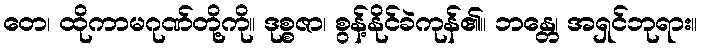
တေ၊ ထိုကာမဂုဏ်တို့ကို။ ဒုစ္စဇာ၊ စွန့်နိုင်ခဲကုန်၏။ ဘန္တေ၊ အရှင်ဘုရား။